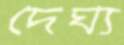
দৈর্ঘ্য